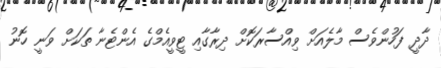
ދާދީ ފަހުންވެސް މާލެއަށް ވިއްސާރަކޮށް ދިރާގާއި ޓީވީއެމްގެ އެންޓެނާ ތަކަށް ވަނީ ހޮނު